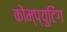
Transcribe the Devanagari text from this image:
कोम्प्युटिंग